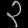
Digit: ၃